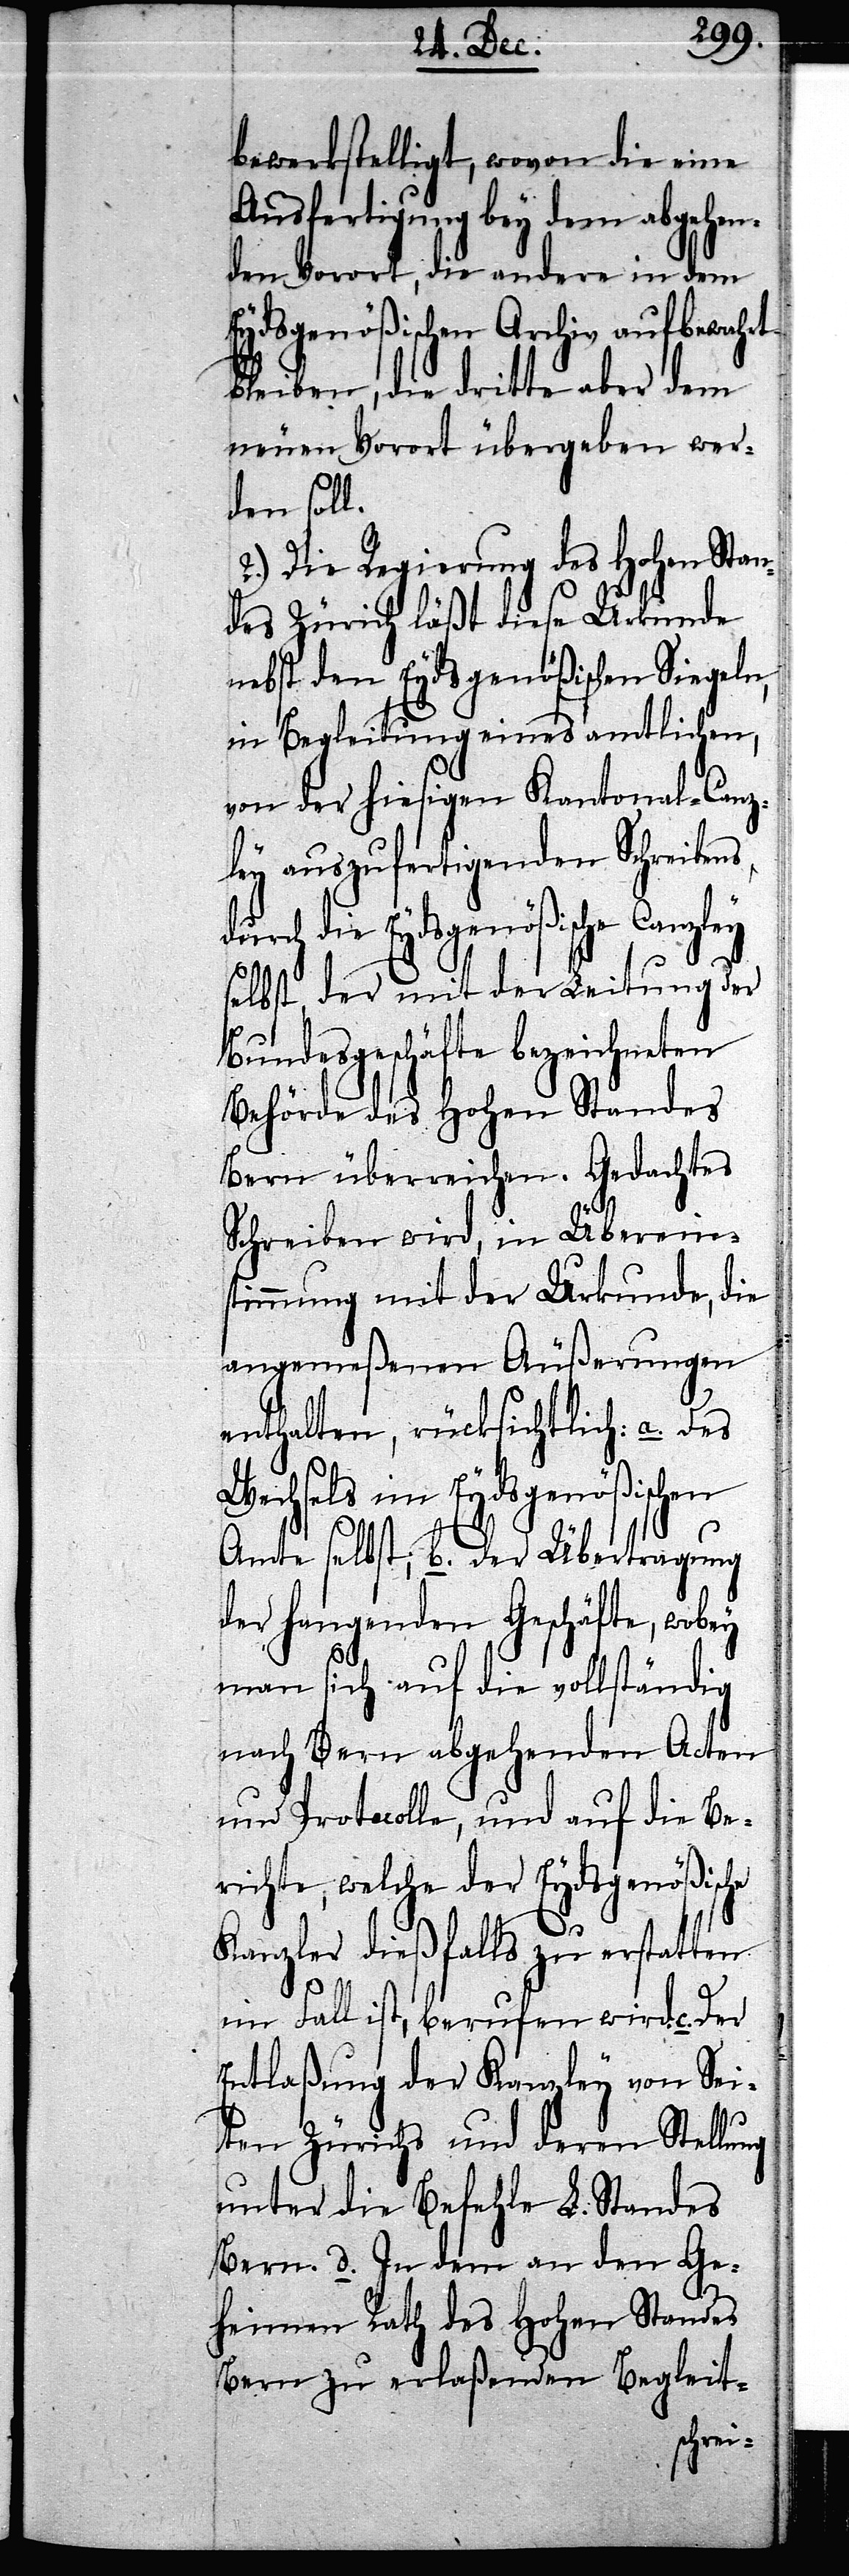
bewerkstelligt, wovon die eine
Ausfertigung bey dem abgehen¬
den Vorort, die andere in dem
Eydsgenößischen Archiv aufbewahrt
bleiben, die dritte aber dem
neuen Vorort übergeben wer¬
den soll.
2.) Die Regierung des Hohen Stan¬
des Zürich läßt diese Urkunde
nebst den Eydsgenößischen Sigeln,
in Begleitung eines amtlichen,
von der hiesigen Kantonal-Canz¬
ley auszufertigenden Schreibens
durch die Eydsgenößische Canzley
selbst, der mit der Leitung der
Bundesgeschäfte bezeichneten
Behörde des Hohen Standes
Bern überreichen. Gedachtes
Schreiben wird, in Übereins¬
timmung mit der Urkunde, die
angemeßenen Äußerungen
enthalten, rücksichtlich: a. Des
Wechsels im Eydsgenößischen
Amte selbst; b. der Übertragung
der hangenden Geschäfte, wobey
man sich auf die vollständig
nach Bern abgehenden Acten
und Protocolle, und auf die Be¬
richte, welche der Eydsgenößische
Kanzler dießfalls zu erstatten
im Fall ist, berufen wird. c.
Entlaßung der Kanzley von Sei¬
ten Zürichs und deren Stellung
unter die Befehle L. Standes
Bern. d. In dem an den Ge¬
heimen Rath des Hohen Standes
Bern zu erlaßenden Begleit-